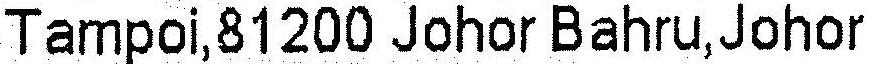
TAMPOI,81200 JOHOR BAHRU,JOHOR